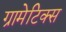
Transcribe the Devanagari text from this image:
ग्रामेटिक्स